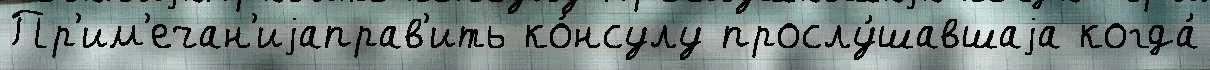
Пр'им'ечан'иjаправ'ить ко́нсулу прослу́шавшаjа когда́